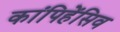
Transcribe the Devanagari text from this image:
कांपिहेंसिव